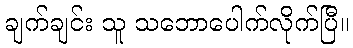
ချက်ချင်း သူ သဘောပေါက်လိုက်ပြီ။